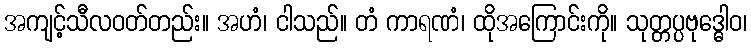
အကျင့်သီလဝတ်တည်း။ အဟံ၊ ငါသည်။ တံ ကာရဏံ၊ ထိုအကြောင်းကို။ သုတ္တပ္ပဗုဒ္ဓေါဝ၊